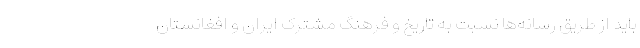
باید از طریق رسانه‌ها نسبت به تاریخ و فرهنگ مشترک ایران و افغانستان